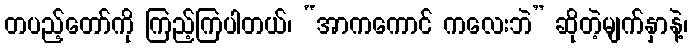
တပည့်တော်ကို ကြည့်ကြပါတယ်၊ “အာကကောင် ကလေးဘဲ” ဆိုတဲ့မျက်နှာနဲ့၊